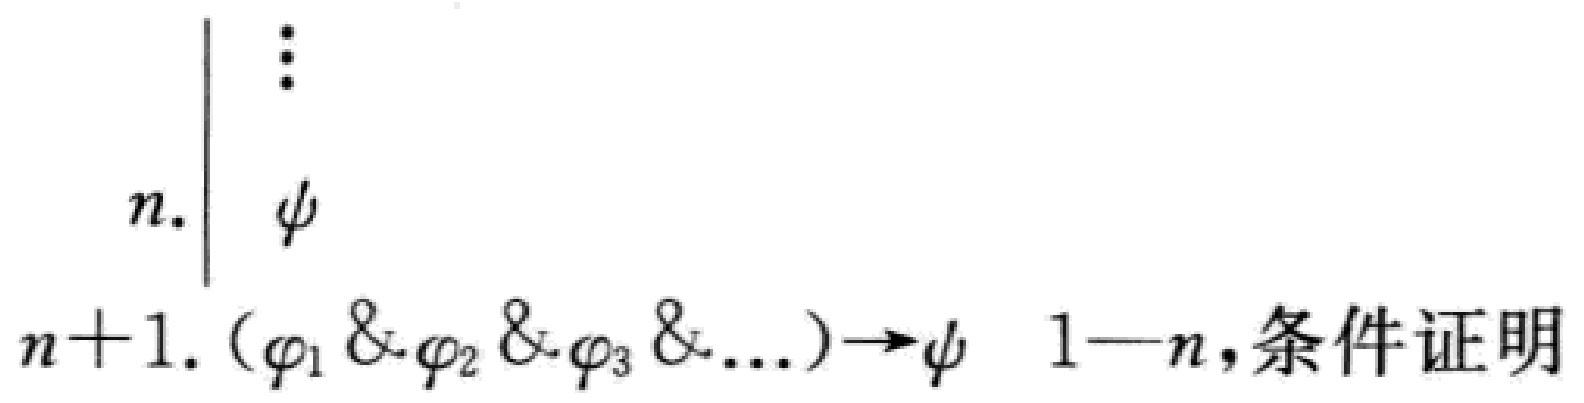
\[
\begin{array}{|l}
\vdots \\
n.\ \psi \\
\end{array}
\]
\[n + 1.\ (\varphi_1 \& \varphi_2 \& \varphi_3 \& \ldots) \to \psi\quad 1 - n,\text{条件证明}\]